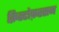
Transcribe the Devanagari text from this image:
क्रिस्टोफ़रसन